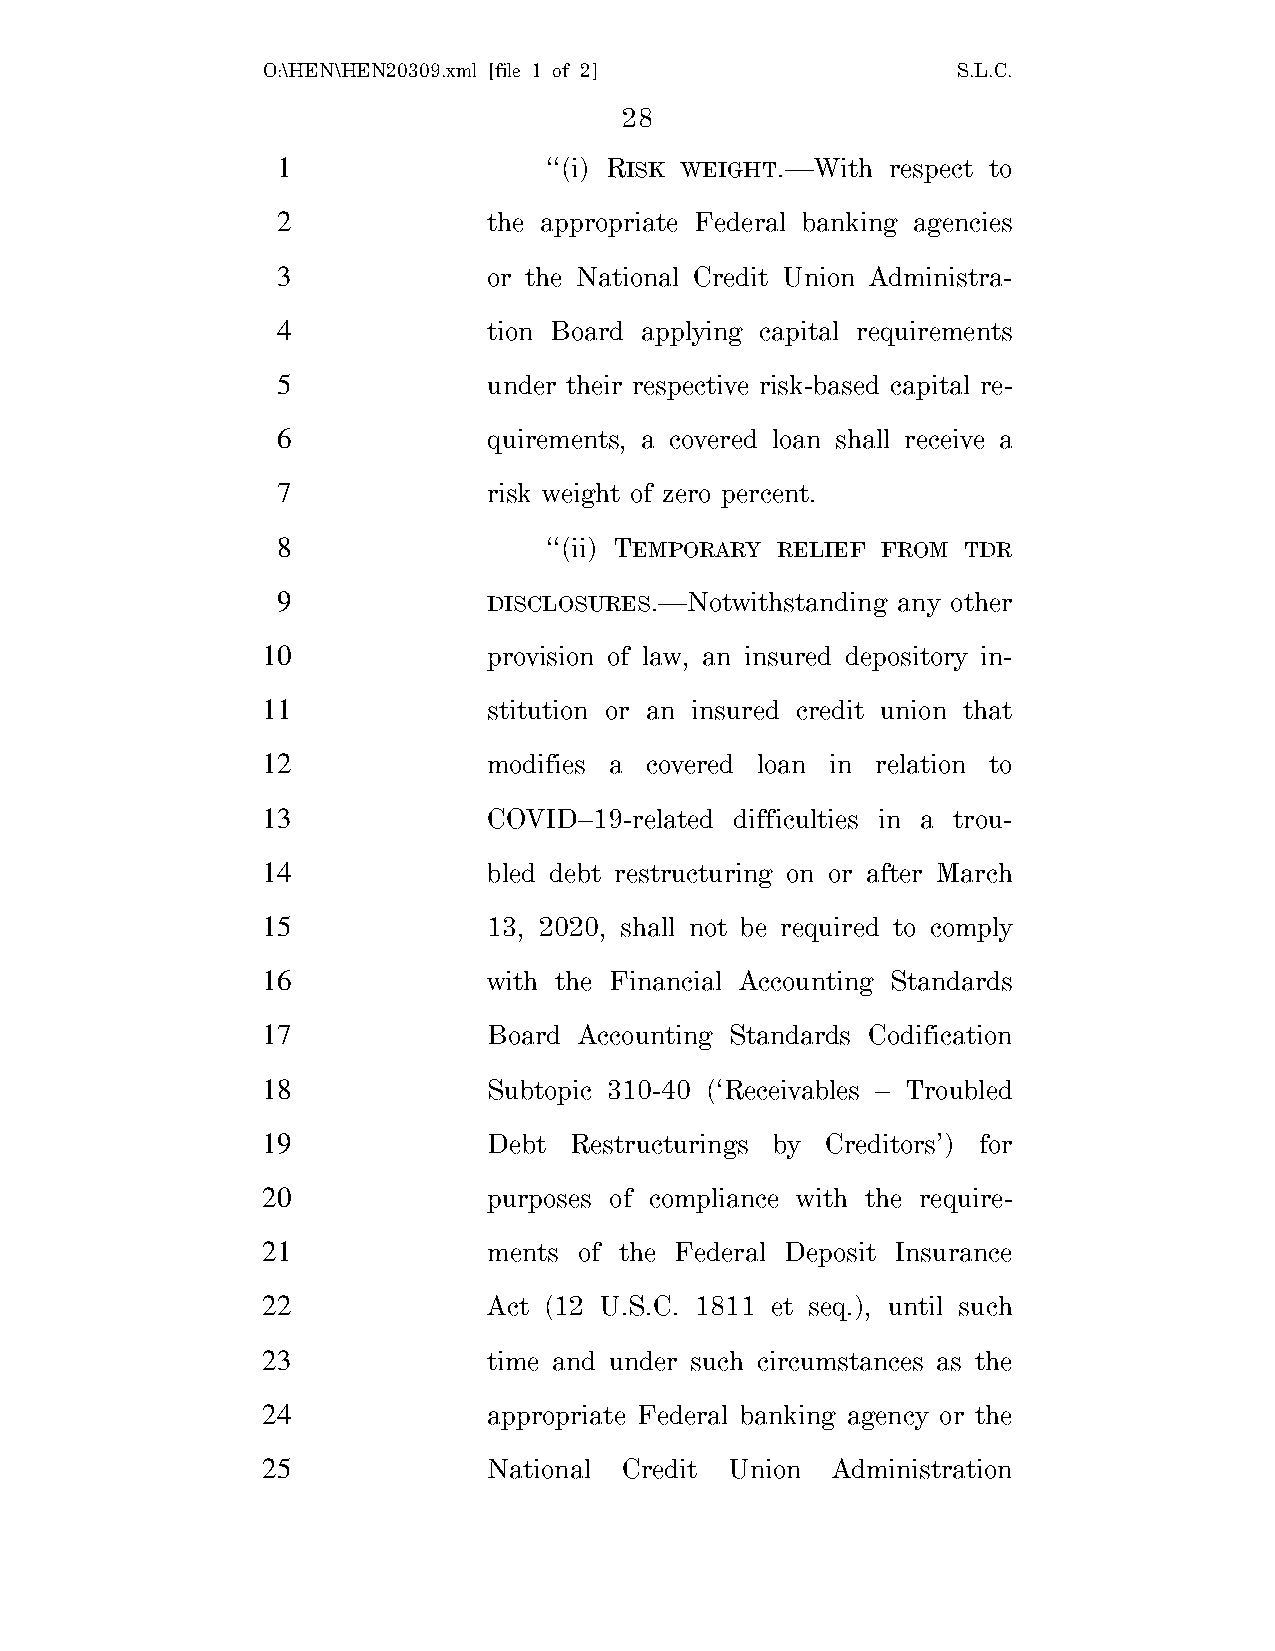
O:\HEN\HEN20309.xml [file 1 of 2]             S.L.C.
 28
 1                 ‘‘(i) RISK WEIGHT.—With respect to
 2             the appropriate Federal banking agencies
 3             or the National Credit Union Administra-
 4             tion Board applying capital requirements
 5             under their respective risk-based capital re-
 6             quirements, a covered loan shall receive a
 7             risk weight of zero percent.
 8                 ‘‘(ii) TEMPORARY RELIEF FROM TDR
 9             DISCLOSURES.—Notwithstanding any other
 10             provision of law, an insured depository in-
 11             stitution or an insured credit union that
 12             modifies a covered loan in relation to
 13             COVID–19-related difficulties in a trou-
 14             bled debt restructuring on or after March
 15             13, 2020, shall not be required to comply
 16             with the Financial Accounting Standards
 17             Board Accounting Standards Codification
 18             Subtopic 310-40 (‘Receivables – Troubled
 19             Debt  Restructurings by Creditors’) for
 20             purposes of compliance with the require-
 21             ments of the Federal Deposit Insurance
 22             Act (12 U.S.C. 1811 et seq.), until such
 23             time and under such circumstances as the
 24             appropriate Federal banking agency or the
 25             National Credit Union  Administration